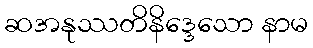
ဆအနုဿတိနိဒ္ဒေသော နာမ